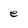
Character: e